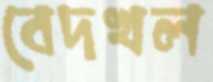
বেদখল